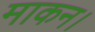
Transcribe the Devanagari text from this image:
माकन।